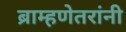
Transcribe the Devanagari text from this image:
ब्राम्हणेतरांनी